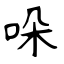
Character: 哚